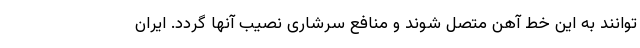
توانند به این خط آهن متصل شوند و منافع سرشاری نصیب آنها گردد. ایران